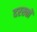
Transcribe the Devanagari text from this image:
दरख्तों